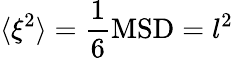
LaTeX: \langle\xi^{2}\rangle=\frac{1}{6}\mathrm{MSD}=l^{2}